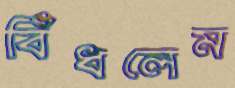
বিঁধলেম